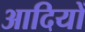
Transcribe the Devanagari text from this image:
आदियों